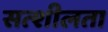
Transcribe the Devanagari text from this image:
सत्शीलता